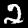
Digit: 2